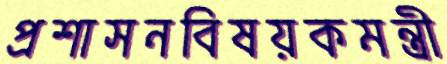
প্রশাসনবিষয়কমন্ত্রী